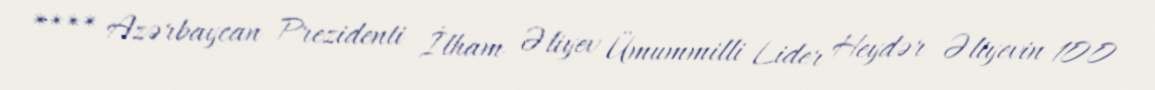
**** Azərbaycan Prezidenti İlham Əliyev Ümummilli Lider Heydər Əliyevin 100